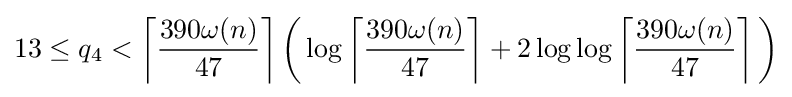
13\leq q_{4}<\left\lceil {\frac {390\omega (n)}{47}}\right\rceil {\biggl (}\log \left\lceil {\frac {390\omega (n)}{47}}\right\rceil +2\log \log \left\lceil {\frac {390\omega (n)}{47}}\right\rceil {\biggr )}